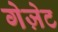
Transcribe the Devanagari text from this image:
गेज़ेट